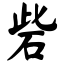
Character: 砦